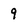
Character: 9